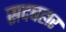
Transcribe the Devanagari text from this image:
सदबहार